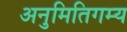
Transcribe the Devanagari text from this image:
अनुमितिगम्य